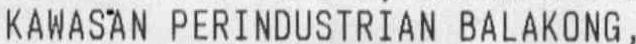
KAWASAN PERINDUSTRIAN BALAKONG,